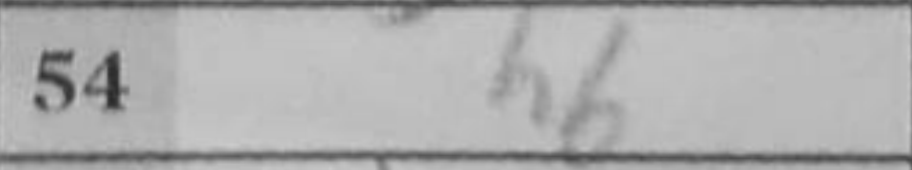
Transcription: h6